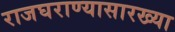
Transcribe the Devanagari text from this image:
राजघराण्यासारख्या